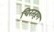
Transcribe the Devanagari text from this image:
चिरतरूण